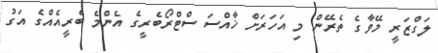
ލަގްޒަރީ މޭވާގެ ތެރޭން މި އަހަރަށް ޚާއްސަ ސްޓްރޯބެރީގެ އެންމެ ބެރީއެއްގެ އަގު